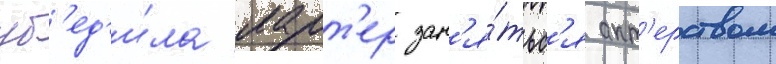
уб'ед'и́ла ларт'ер зан'я́тьс'я акт'ерством